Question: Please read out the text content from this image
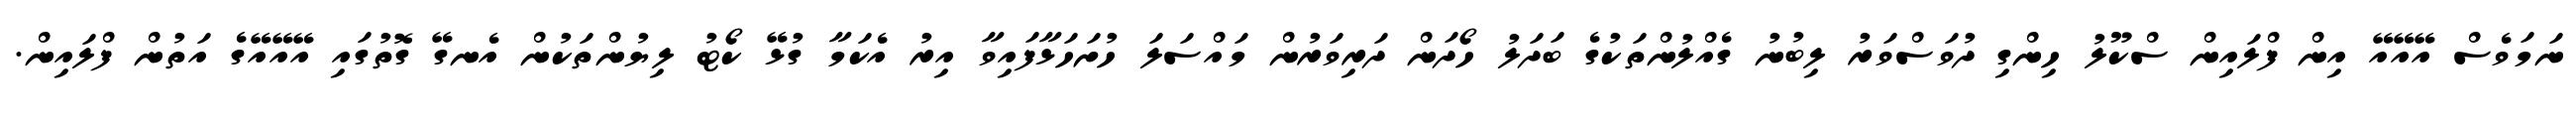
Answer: ނަމަވެސް އޭއޭއޭ އިން ފްލައިން ސްކޫލު ހިންގި ދުވަސްވަރު ލިބުނު ގެއްލުންތަކުގެ ބަދަލު ހޯދަން ދަރިވަރުން މައްސަލަ ހުށަހަޅާފައިވާ އިރު އެކަމާ ގުޅޭ ކޯޓު ލިޔުންތަކުން އެނގޭ ގޮތުގައި އޭއޭއޭގެ އަތުން ފްލައިން.